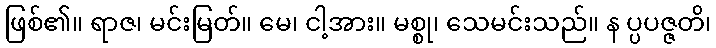
ဖြစ်၏။ ရာဇ၊ မင်းမြတ်။ မေ၊ ငါ့အား။ မစ္စု၊ သေမင်းသည်။ န ပ္ပပဇ္ဇတိ၊